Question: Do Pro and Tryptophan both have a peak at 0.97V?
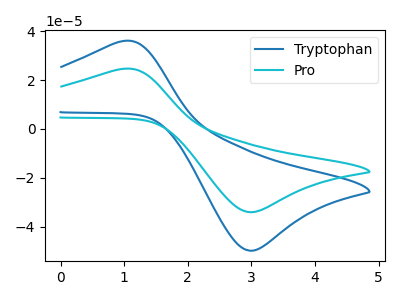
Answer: <think>The blue curve "Tryptophan" has an anodic peak at (0.95V, 35.95uA) and a cathodic peak at (2.95V, -49.85uA). The cyan curve "Pro" has an anodic peak at (0.95V, 24.55uA) and a cathodic peak at (2.95V, -34.10uA).</think>
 <answer>Yes, "Pro" and "Tryptophan" share a peak at 0.97V.</answer>
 <eval>match</eval>